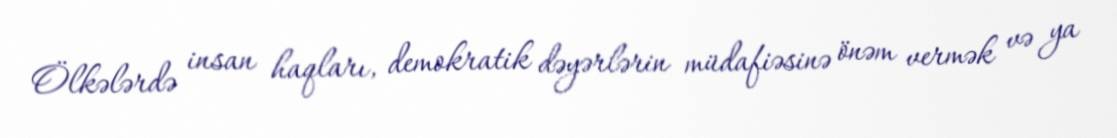
Ölkələrdə insan haqları, demokratik dəyərlərin müdafiəsinə önəm vermək və ya